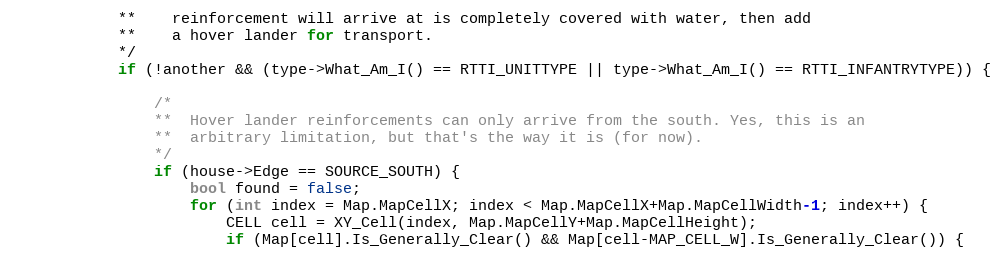
Language: C++
			**	reinforcement will arrive at is completely covered with water, then add
			**	a hover lander for transport.
			*/
			if (!another && (type->What_Am_I() == RTTI_UNITTYPE || type->What_Am_I() == RTTI_INFANTRYTYPE)) {

				/*
				**	Hover lander reinforcements can only arrive from the south. Yes, this is an
				**	arbitrary limitation, but that's the way it is (for now).
				*/
				if (house->Edge == SOURCE_SOUTH) {
					bool found = false;
					for (int index = Map.MapCellX; index < Map.MapCellX+Map.MapCellWidth-1; index++) {
						CELL cell = XY_Cell(index, Map.MapCellY+Map.MapCellHeight);
						if (Map[cell].Is_Generally_Clear() && Map[cell-MAP_CELL_W].Is_Generally_Clear()) {